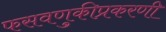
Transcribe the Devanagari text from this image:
फसवणुकीप्रकरणी